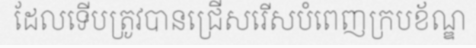
ដែលទើបត្រូវបានជ្រើសរើសបំពេញក្របខ័ណ្ឌ